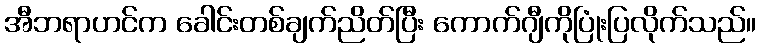
အီဘရာဟင်က ခေါင်းတစ်ချက်ညိတ်ပြီး ကောက်ဂျီကိုပြုံးပြလိုက်သည်။